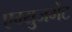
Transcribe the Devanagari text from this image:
एम्युजमेंट